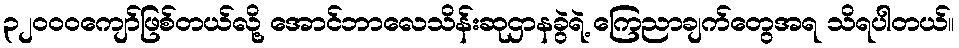
၃၂၀၀၀ကျော်ဖြစ်တယ်လို့ အောင်ဘာလေသိန်းဆုဌာနခွဲရဲ့ ကြေညာချက်တွေအရ သိရပါတယ်။